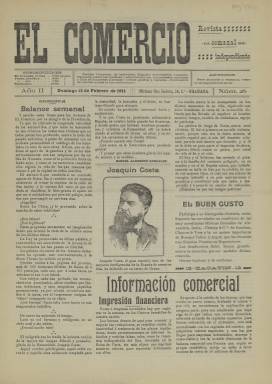
Título: El Comercio (Granada. 1910)
Colección: Periódicos
Ámbito geográfico: Granada
Lugar de publicación: Granada
Fechas: 12/02/1911-12/02/1911